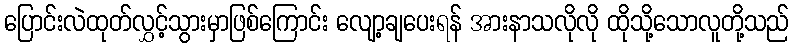
ပြောင်းလဲထုတ်လွှင့်သွားမှာဖြစ်ကြောင်း လျော့ချပေးရန် အားနာသလိုလို ထိုသို့သောလူတို့သည်